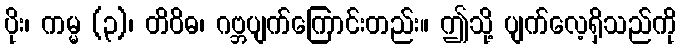
ပိုး၊ ကမ္မ (၃)၊ တိဝိဓ၊ ဂဗ္ဘပျက်ကြောင်းတည်း။ ဤသို့ ပျက်လေ့ရှိသည်ကို